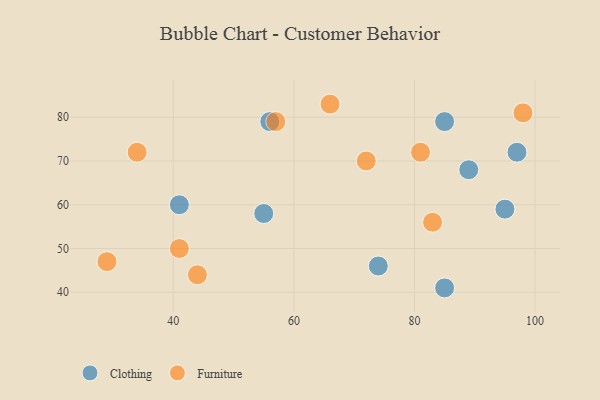
{"axis": {"x": "GDP", "y": "Life Expectancy"}, "legend": ["Clothing", "Furniture"], "data": [{"x": "97", "y": 72, "type": "Clothing"}, {"x": "85", "y": 41, "type": "Clothing"}, {"x": "89", "y": 68, "type": "Clothing"}, {"x": "85", "y": 79, "type": "Clothing"}, {"x": "41", "y": 60, "type": "Clothing"}, {"x": "95", "y": 59, "type": "Clothing"}, {"x": "74", "y": 46, "type": "Clothing"}, {"x": "55", "y": 58, "type": "Clothing"}, {"x": "56", "y": 79, "type": "Clothing"}, {"x": "98", "y": 81, "type": "Furniture"}, {"x": "72", "y": 70, "type": "Furniture"}, {"x": "66", "y": 83, "type": "Furniture"}, {"x": "44", "y": 44, "type": "Furniture"}, {"x": "81", "y": 72, "type": "Furniture"}, {"x": "34", "y": 72, "type": "Furniture"}, {"x": "41", "y": 50, "type": "Furniture"}, {"x": "57", "y": 79, "type": "Furniture"}, {"x": "29", "y": 47, "type": "Furniture"}, {"x": "83", "y": 56, "type": "Furniture"}]}